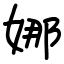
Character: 娜